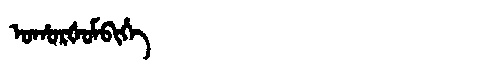
Manchu: ᠣᡥᠣᡵᡧᠣᠮᠪᡳᡥᡝ
Romanization: OHORŠOMBIHE